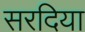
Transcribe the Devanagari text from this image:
सरदिया